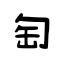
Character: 匋